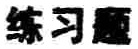
练习题